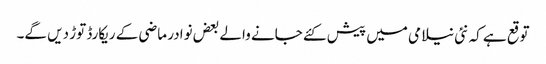
توقع ہے کہ نئی نیلامی میں پیش کئے جانے والے بعض نوادر ماضی کے ریکارڈ توڑ دیں گے۔